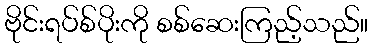
ဗိုင်းရပ်စ်ပိုးကို စစ်ဆေးကြည့်သည်။